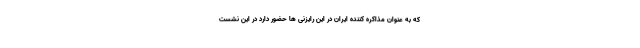
که به عنوان مذاکره کننده ایران در این رایزنی ها حضور دارد در این نشست